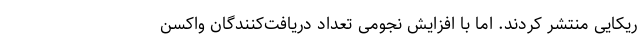
ریکایی منتشر کردند. اما با افزایش نجومی تعداد دریافت‌کنندگان واکسن